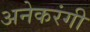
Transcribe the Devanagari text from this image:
अनेकरंगी